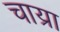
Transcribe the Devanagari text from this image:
चाय्रा